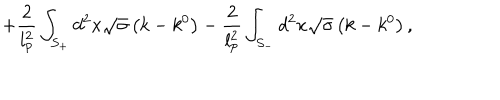
+ \frac { 2 } { l _ { p } ^ { 2 } } \int _ { S _ { + } } ^ { { } } d ^ { 2 } x \sqrt { \sigma } \left( k - k ^ { 0 } \right) - \frac { 2 } { l _ { p } ^ { 2 } } \int _ { S _ { - } } d ^ { 2 } x \sqrt { \sigma } \left( k - k ^ { 0 } \right) ,